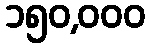
၁၅၀,၀၀၀